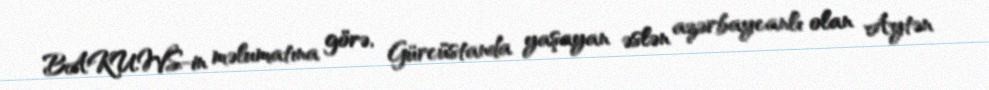
BAKU.WS-in məlumatına görə, Gürcüstanda yaşayan əslən azərbaycanlı olan Aytən